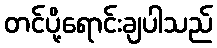
တင်ပို့ရောင်းချပါသည်